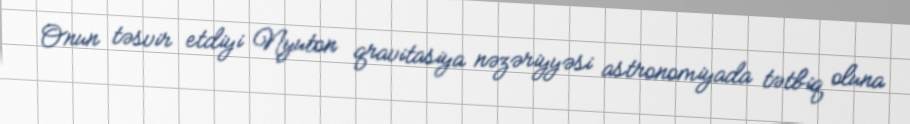
Onun təsvir etdiyi Nyuton qravitasiya nəzəriyyəsi astronomiyada tətbiq oluna